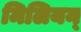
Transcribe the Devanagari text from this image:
मिलियन्